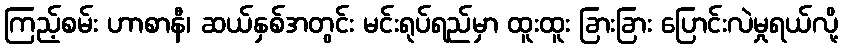
ကြည့်စမ်း ဟာစာနီ၊ ဆယ်နှစ်အတွင်း မင်းရုပ်ရည်မှာ ထူးထူး ခြားခြား ပြောင်းလဲမှုရယ်လို့